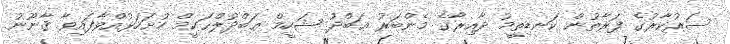
ސަރުކާރުގެ ފަރާތުން ކަނޑިތީމު ދާއިރާގެ މެންބަރު ޢަބްދު ޝަހީމް ޢަބްދުލްޙަކީމް ހުށަހަޅުއްވާފައިވާ ޤާނޫނު